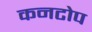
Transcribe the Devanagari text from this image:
कनटोप